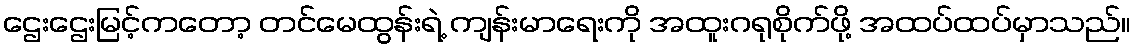
ဌေးဌေးမြင့်ကတော့ တင်မေထွန်းရဲ့ ကျန်းမာရေးကို အထူးဂရုစိုက်ဖို့ အထပ်ထပ်မှာသည်။